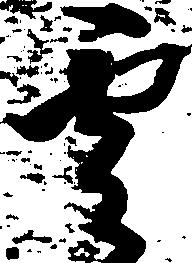
雲